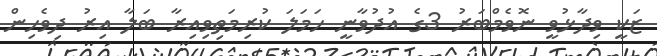
ޒަކީ ވިދާޅުވީ ނޮވެމްބަރު 3ގެ އުދުވާނީ ހަމަލަ ކުރިމަތިވިއިރާ ބަލާ އިރު ދިވެހިން